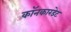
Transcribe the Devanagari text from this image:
कॉनकारडेट